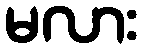
မလား